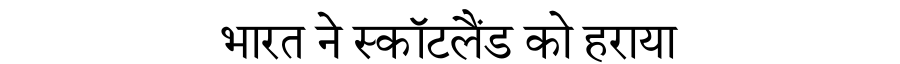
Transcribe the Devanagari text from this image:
भारत ने स्कॉटलैंड को हराया